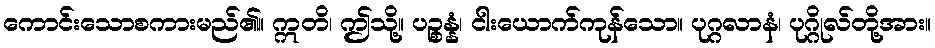
ကောင်းသောစကားမည်၏။ ဣတိ၊ ဤသို့။ ပဉ္စန္နံ၊ ငါးယောက်ကုန်သော။ ပုဂ္ဂလာနံ၊ ပုဂ္ဂိုလ်တို့အား။